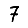
Digit: 7